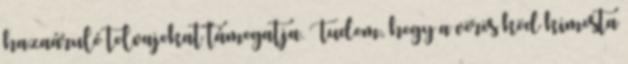
hazaáruló tolvajokat támogatja. Tudom, hogy a vörös köd kimosta